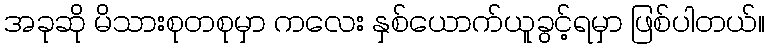
အခုဆို မိသားစုတစုမှာ ကလေး နှစ်ယောက်ယူခွင့်ရမှာ ဖြစ်ပါတယ်။